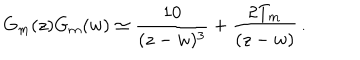
G _ { m } ( z ) G _ { m } ( w ) \simeq { \frac { 1 0 } { ( z - w ) ^ { 3 } } } + { \frac { 2 T _ { m } } { ( z - w ) } } \, .